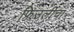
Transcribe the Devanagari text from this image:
फ्रिउलीचा